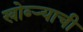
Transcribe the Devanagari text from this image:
खोब्ऱ्याची